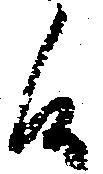
候